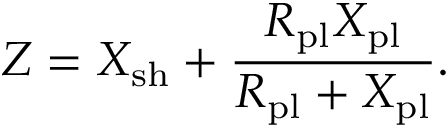
Z = X _ { \mathrm { s h } } + \frac { R _ { \mathrm { p l } } X _ { \mathrm { p l } } } { R _ { \mathrm { p l } } + X _ { \mathrm { p l } } } .